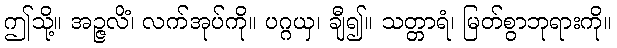
ဤသို့။ အဉ္ဇလိံ၊ လက်အုပ်ကို။ ပဂ္ဂယှ၊ ချီ၍။ သတ္တာရံ၊ မြတ်စွာဘုရားကို။